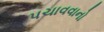
પચાવવાનો